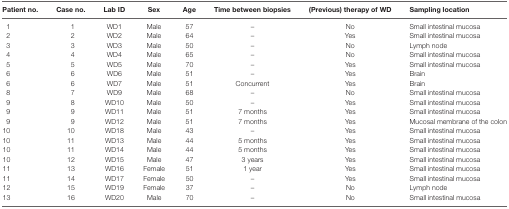
<table><thead><tr><td><b>Patient no.</b></td><td><b>Case no.</b></td><td><b>Lab ID</b></td><td><b>Sex</b></td><td><b>Age</b></td><td><b>Time between biopsies</b></td><td><b>(Previous) therapy of WD</b></td><td><b>Sampling location</b></td></tr></thead><tbody><tr><td>1</td><td>1</td><td>WD1</td><td>Male</td><td>57</td><td>–</td><td>No</td><td>Small intestinal mucosa</td></tr><tr><td>2</td><td>2</td><td>WD2</td><td>Male</td><td>64</td><td>–</td><td>Yes</td><td>Small intestinal mucosa</td></tr><tr><td>3</td><td>3</td><td>WD3</td><td>Male</td><td>50</td><td>–</td><td>No</td><td>Lymph node</td></tr><tr><td>4</td><td>4</td><td>WD4</td><td>Male</td><td>65</td><td>–</td><td>No</td><td>Small intestinal mucosa</td></tr><tr><td>5</td><td>5</td><td>WD5</td><td>Male</td><td>70</td><td>–</td><td>Yes</td><td>Small intestinal mucosa</td></tr><tr><td>6</td><td>6</td><td>WD6</td><td>Male</td><td>51</td><td>–</td><td>Yes</td><td>Brain</td></tr><tr><td>6</td><td>6</td><td>WD7</td><td>Male</td><td>51</td><td>Concurrent</td><td>Yes</td><td>Brain</td></tr><tr><td>8</td><td>7</td><td>WD9</td><td>Male</td><td>68</td><td>–</td><td>No</td><td>Small intestinal mucosa</td></tr><tr><td>9</td><td>8</td><td>WD10</td><td>Male</td><td>50</td><td>–</td><td>Yes</td><td>Small intestinal mucosa</td></tr><tr><td>9</td><td>9</td><td>WD11</td><td>Male</td><td>51</td><td>7 months</td><td>Yes</td><td>Small intestinal mucosa</td></tr><tr><td>9</td><td>9</td><td>WD12</td><td>Male</td><td>51</td><td>7 months</td><td>Yes</td><td>Mucosal membrane of the colon</td></tr><tr><td>10</td><td>10</td><td>WD18</td><td>Male</td><td>43</td><td>–</td><td>Yes</td><td>Small intestinal mucosa</td></tr><tr><td>10</td><td>11</td><td>WD13</td><td>Male</td><td>44</td><td>5 months</td><td>Yes</td><td>Small intestinal mucosa</td></tr><tr><td>10</td><td>11</td><td>WD14</td><td>Male</td><td>44</td><td>5 months</td><td>Yes</td><td>Small intestinal mucosa</td></tr><tr><td>10</td><td>12</td><td>WD15</td><td>Male</td><td>47</td><td>3 years</td><td>Yes</td><td>Small intestinal mucosa</td></tr><tr><td>11</td><td>13</td><td>WD16</td><td>Female</td><td>51</td><td>1 year</td><td>Yes</td><td>Small intestinal mucosa</td></tr><tr><td>11</td><td>14</td><td>WD17</td><td>Female</td><td>50</td><td>–</td><td>Yes</td><td>Small intestinal mucosa</td></tr><tr><td>12</td><td>15</td><td>WD19</td><td>Female</td><td>37</td><td>–</td><td>No</td><td>Lymph node</td></tr><tr><td>13</td><td>16</td><td>WD20</td><td>Male</td><td>70</td><td>–</td><td>No</td><td>Small intestinal mucosa</td></tr></tbody></table>